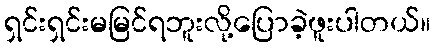
ရှင်းရှင်းမမြင်ရဘူးလို့ပြောခဲ့ဖူးပါတယ်။